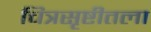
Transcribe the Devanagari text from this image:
चित्रसृष्टीतला